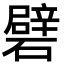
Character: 礕